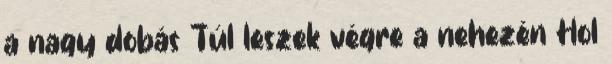
a nagy dobás Túl leszek végre a nehezén Hol